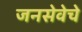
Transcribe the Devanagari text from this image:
जनसेवेचे